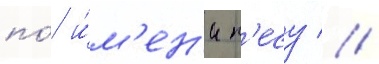
по́ и́м'ен'и п'есу //